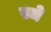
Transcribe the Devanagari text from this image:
स्जे